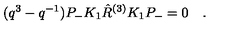
( q ^ { 3 } - q ^ { - 1 } ) P _ { - } K _ { 1 } \hat { R } ^ { ( 3 ) } K _ { 1 } P _ { - } = 0 \quad .